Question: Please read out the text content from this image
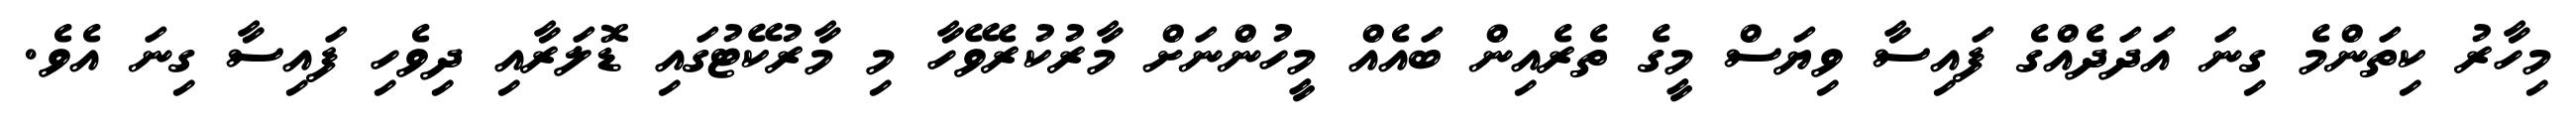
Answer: މިހާރު ކިތަންމެ ގިނަ އަދަދެއްގެ ފައިސާ ވިޔަސް މީގެ ތެރެއިން ބައެއް މީހުންނަށް މާރުކުރެވޭހާ މި މާރުކޭޓުގައި ޑޮލަރާއި ދިވެހި ފައިސާ ގިނަ އެވެ.